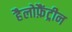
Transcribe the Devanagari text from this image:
हैलोफ़ैंट्रीन